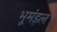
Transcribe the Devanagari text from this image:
भूमंड़ल